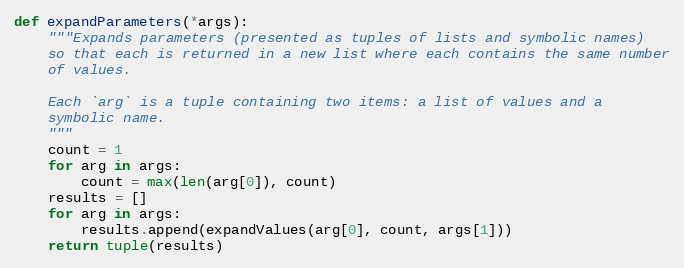
Language: Python
def expandParameters(*args):
    """Expands parameters (presented as tuples of lists and symbolic names)
    so that each is returned in a new list where each contains the same number
    of values.

    Each `arg` is a tuple containing two items: a list of values and a
    symbolic name.
    """
    count = 1
    for arg in args:
        count = max(len(arg[0]), count)
    results = []
    for arg in args:
        results.append(expandValues(arg[0], count, args[1]))
    return tuple(results)